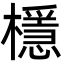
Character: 檼